Vaccination report Assam 1874-1896 - 1874-1896
Year: 1874
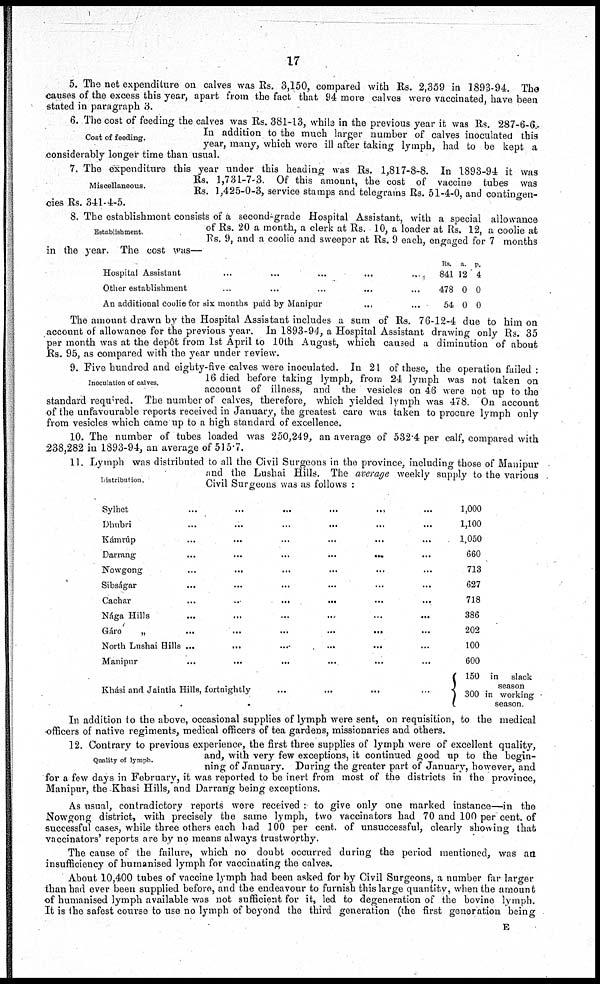
17
5. The net expenditure on calves was Rs. 3,150, compared with Rs. 2,359 in 1893-94. The
causes of the excess this year, apart from the fact that 94 more calves were vaccinated, have been
stated in paragraph 3.
Cost of feeding.
6. The cost of feeding the calves was Rs. 381-13, while in the previous year it was Rs. 287-6-6.
In addition to the much larger number of calves inoculated this
year, many, which were ill after taking lymph, had to be kept a
considerably longer time than usual.
Miscellaneous.
7. The expenditure this year under this heading was Rs. 1,817-8-8. In 1893-94 it was
Rs. 1,731-7-3. Of this amount, the cost of vaccine tubes was
Rs. 1,425-0-3, service stamps and telegrams Rs. 51-4-0, and contingen-
cies Rs. 341-4-5.
Establishment.
8. The establishment consists of a second-grade Hospital Assistant, with a special allowance
of Rs. 20 a month, a clerk at Rs. 10, a loader at Rs. 12, a coolie at
Rs. 9, and a coolie and sweeper at Rs. 9 each, engaged for 7 months
in the year. The cost was—
Hospital Assistant ... ... ... ... ...
Other establishment ... ... ... ... ...
An additional coolie for six months paid by Manipur ... ...
Rs.
841
478
54
a.
12
0
0
p.
4
0
0
The amount drawn by the Hospital Assistant includes a sum of Rs. 76-12-4 due to him on
account of allowance for the previous year. In 1893-94, a Hospital Assistant drawing only Rs. 35
per month was at the depôt from 1st April to 10th August, which caused a diminution of about
Rs. 95, as compared with the year under review.
Inoculation of calves.
9. Five hundred and eighty-five calves were inoculated. In 21 of these, the operation failed :
16 died before taking lymph, from 24 lymph was not taken on
account of illness, and the vesicles on 46 were not up to the
standard required. The number of calves, therefore, which yielded lymph was 478. On account
of the unfavourable reports received in January, the greatest care was taken to procure lymph only
from vesicles which came up to a high standard of excellence.
10. The number of tubes loaded was 250,249, an average of 532.4 per calf, compared with
238,282 in 1893-94, an average of 515.7.
Distribution.
11. Lymph was distributed to all the Civil Surgeons in the province, including those of Manipur
and the Lushai Hills. The average weekly supply to the various
Civil Surgeons was as follows :
Sylhet ... ... ... ... ... ...
Dhubri
...
...
...
...
...
Kámrúp ... ... ... ... ...
Darrang
...
...
...
...
...
Nowgong ... ... ... ... ...
Sibságar ... ... ... ... ...
Cachar
...
...
...
...
...
Nága Hills ... ... ... ... ...
Gáro
„
...
...
...
...
...
North Lushai Hills ... ... ... ... ...
Manipur
...
...
...
...
...
Khasi and Jaintia Hills, fortnightly ... ... ... ...
1,000
1,100
1,050
660
713
627
718
386
202
100
600
150 in slack
season
300 in working
season.
In addition to the above, occasional supplies of lymph were sent, on requisition, to the medical
officers of native regiments, medical officers of tea gardens, missionaries and others.
Quality of lymph.
12. Contrary to previous experience, the first three supplies of lymph were of excellent quality,
and, with very few exceptions, it continued good up to the begin-
ning of January. During the greater part of January, however, and
for a few days in February, it was reported to be inert from most of the districts in the province,
Manipur, the Khasi Hills, and Darrang being exceptions.
As usual, contradictory reports were received : to give only one marked instance—in the
Nowgong district, with precisely the same lymph, two vaccinators had 70 and 100 per cent. of
successful cases, while three others each had 100 per cent. of unsuccessful, clearly showing that
vaccinators' reports are by no means always trustworthy.
The cause of the failure, which no doubt occurred during the period mentioned, was an
insufficiency of humanised lymph for vaccinating the calves.
About 10,400 tubes of vaccine lymph had been asked for by Civil Surgeons, a number far larger
than had ever been supplied before, and the endeavour to furnish this large quantity, when the amount
of humanised lymph available was not sufficient for it, led to degeneration of the bovine lymph.
It is the safest course to use no lymph of beyond the third generation (the first generation being
E